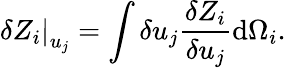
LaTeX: \left.\delta Z_{i}\right|_{u_{j}}=\int\delta u_{j}\frac{\delta Z_{i}}{\delta u_{j}}\mathrm{d}\Omega_{i}.